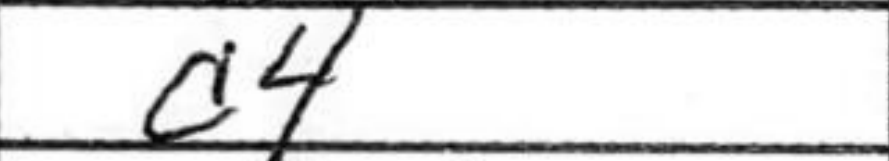
Transcription: d4